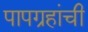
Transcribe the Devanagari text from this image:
पापग्रहांची